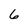
Character: 6